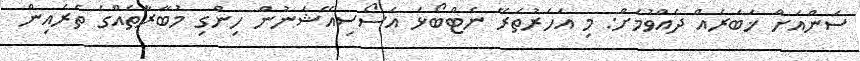
ސަންއަށް ޚަބަރެއް ދެއްވުމަށް: މި އަހަރުތެރޭ ނެޓްބޯޅަ އެސޯސިއޭޝަނުން ހިންގި މުބާރާތެއްގެ ތެރެއިން